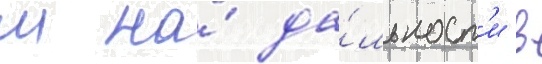
м на́ да́льност'и в